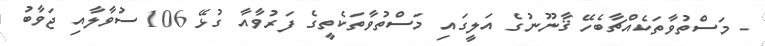
- މަސްތުވާތަކެއްޗާބެހޭ ޤާނޫނުގެ އަލީގައި މަސްތުވާތަކެތީގެ ފަރުވާއާ ގުޅޭ 106 ސުވާލާއި ޖަވާބު